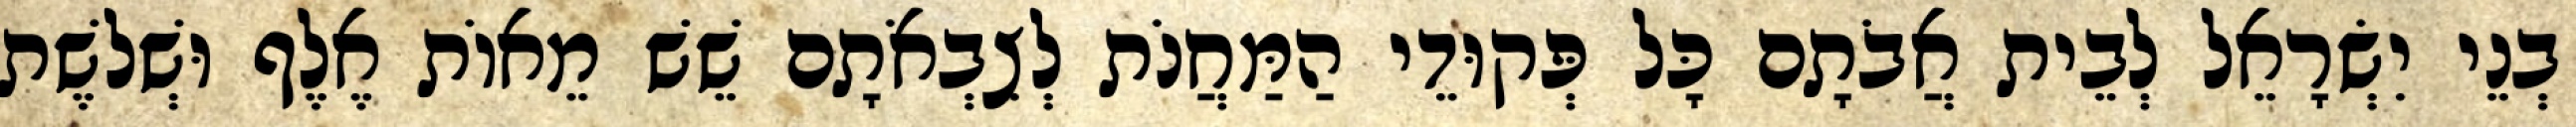
בְנֵי יִשְׂרָאֵל לְבֵית אֲבֹתָם כָּל פְּקוּדֵי הַמַּחֲנֹת לְצִבְאֹתָם שֵׁשׁ מֵאוֹת אֶלֶף וּשְׁלשֶׁת